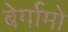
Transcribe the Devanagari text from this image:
बेर्गामो